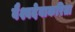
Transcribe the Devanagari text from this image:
वैश्वदेवाकरिता